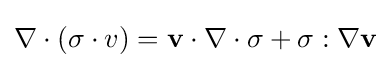
\nabla \cdot ({\mathbf {\sigma } \cdot v})={\mathbf {v} \cdot \nabla \cdot \sigma }+\sigma :\nabla \mathbf {v}